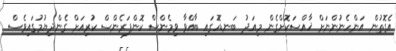
އެގޮތުން އަންހެނުންނަށް ޚާއްސަކޮށްގެން މިއަދު ބަނޑޮހުގައި ބާއްވާ ވިމެންސް ކޮންފަރެންސް ކުރިއަށް ގެންދިޔުމުގައިވެސް